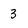
Character: 3